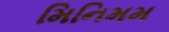
મિનિમમ